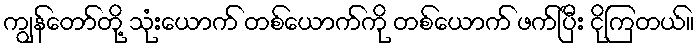
ကျွန်တော်တို့ သုံးယောက် တစ်ယောက်ကို တစ်ယောက် ဖက်ပြီး ငိုကြတယ်။